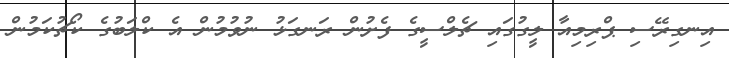
އިނގިރޭސި ޕްރިމިއާ ލީގުގައި ޗެލްސީގެ ފެށުން ރަނގަޅު ނުވުމުން އެ ކްލަބުގެ ކޯޗުކަމުން